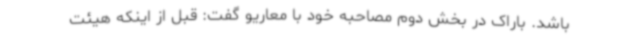
باشد. باراک در بخش دوم مصاحبه خود با معاریو گفت: قبل از اینکه هیئت